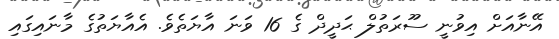
އޭނާއަށް އިވުނީ ސޫރަތުލް ޙަދީދް ގެ 16 ވަނަ އާޔަތެވެ. އެއާޔަތުގެ މާނައިގައި